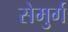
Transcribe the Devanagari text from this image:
सेमुर्ग